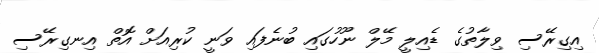
އިގިރޭސި ވިލާތުގެ ޑެއިލީ މޭލް ނޫހުގައި ބުނެފައި ވަނީ ކުރިއަށް އޮތް އިނގިރޭސި